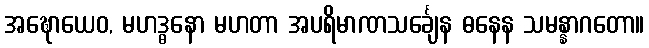
အဍ္ဎောယေဝ, မဟဒ္ဓနော မဟတာ အပရိမာဏသင်္ချေန ဓနေန သမန္နာဂတော။